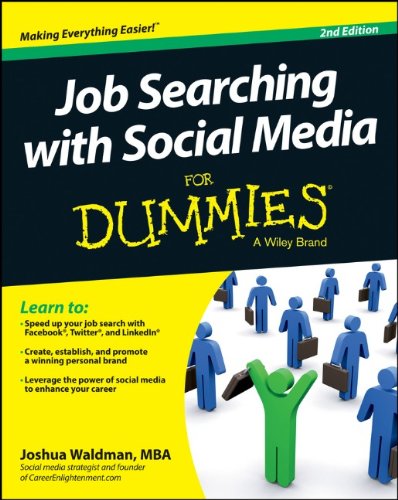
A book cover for Job Searching with Social Media For Dummies; Joshua Waldman; Computers & Technology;